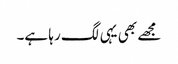
مجھے بھی یہی لگ رہا ہے۔